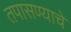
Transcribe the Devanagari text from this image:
तपासण्याचे